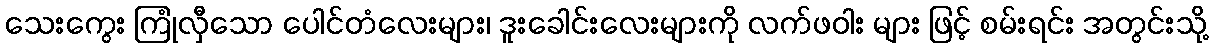
သေးကွေး ကြုံလှီသော ပေါင်တံလေးများ၊ ဒူးခေါင်းလေးများကို လက်ဖဝါး များ ဖြင့် စမ်းရင်း အတွင်းသို့